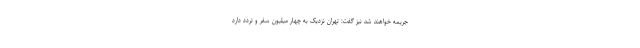
جریمه خواهند شد نیز گفت: تهران نزدیک به چهار میلیون سفر و تردد دارد